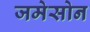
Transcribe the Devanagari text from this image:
जमेसोन